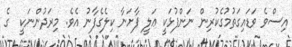
އިސްވެ ވަޑައިގަތުމުގެކުރިން ނަންފުޅަކީ ޢަލީ ފާށަނާ ކިލެގެފާނު އެވެ. މިރަދުންނަކީ  ގެ